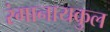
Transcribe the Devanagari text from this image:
रंगानायकुल